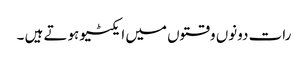
رات دونوں وقتوں میں ایکٹیو ہوتے ہیں ۔